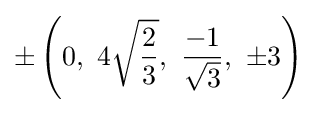
\pm \left(0,\ 4{\sqrt {\frac {2}{3}}},\ {\frac {-1}{\sqrt {3}}},\ \pm 3\right)